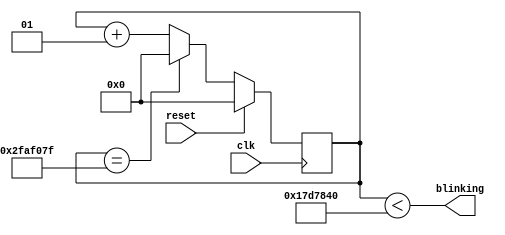
module blinking (
	input clk,
	input reset,
	
	output wire blinking
);

parameter duration_on  = 25_000_000;
parameter duration_off = 25_000_000;

localparam duration = duration_on + duration_off;

integer counter;
always @(posedge clk) 
	if (reset)
		counter <= 0;
	else
		if (counter == duration - 1)
			counter <= 0;
		else
			counter <= counter + 1;

assign blinking = counter < duration_on;

endmodule